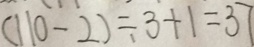
( 1 1 0 - 2 ) \div 3 + 1 = 3 7